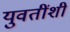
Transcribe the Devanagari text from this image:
युवतींशी